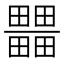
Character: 𤳹